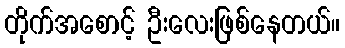
တိုက်အစောင့် ဦးလေးဖြစ်နေတယ်။